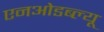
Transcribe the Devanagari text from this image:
एनओडब्ल्यू